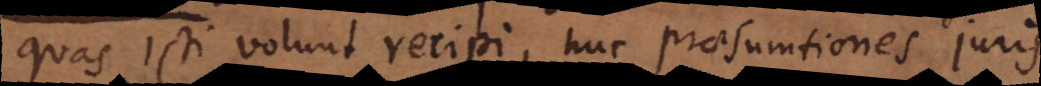
sulti volunt recipi, huc praesumtiones juris